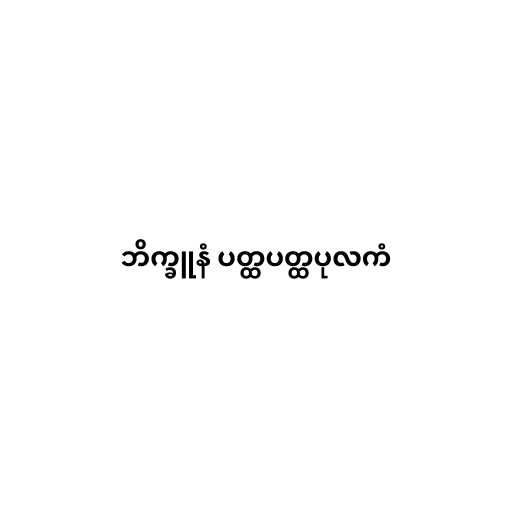
ဘိက္ခူနံ ပတ္ထပတ္ထပုလကံ